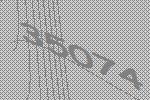
35074